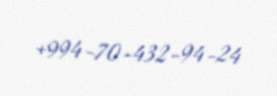
+994-70-432-94-24